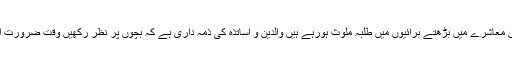
عصر حاضر میں معاشرے میں بڑھتے برائیوں میں طلبہ ملوث ہورہے ہیں والدین و اساتذہ کی ذمہ داری ہے کہ بچوں پر نظر رکھیں وقت ضرورت ان کی اصلاح ہو۔